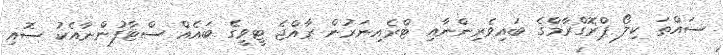
ސައްތަ ކިލޯ ޕްރޮގްރާމްގެ ބައިވެރިންނާއި ޓްރެއިނަރުން ރާއްޖެ ޓީވީގެ ބައެއް ސްޓާފުންނާއެކު ސޮއި